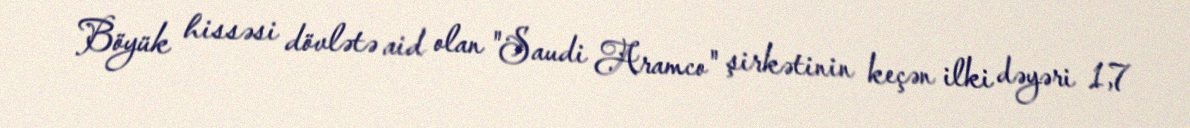
Böyük hissəsi dövlətə aid olan "Saudi Aramco" şirkətinin keçən ilki dəyəri 1,7